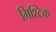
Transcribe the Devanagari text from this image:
मिश्टिक